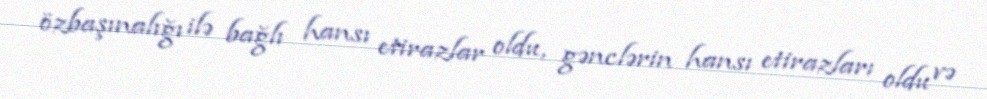
özbaşınalığı ilə bağlı hansı etirazlar oldu, gənclərin hansı etirazları oldu və